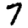
Digit: 7